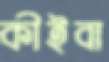
কীইবা